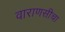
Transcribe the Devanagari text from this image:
वाराणसीचा